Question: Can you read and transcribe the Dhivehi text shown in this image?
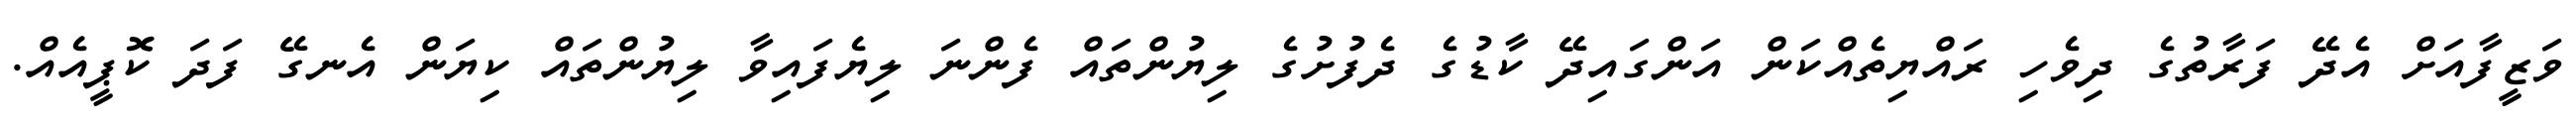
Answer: ވަޒީފާއަށް އެދޭ ފަރާތުގެ ދިވެހި ރައްޔިތެއްކަން އަންގައިދޭ ކާޑުގެ ދެފުށުގެ ލިޔުންތައް ފެންނަ ލިޔެފައިވާ ލިޔުންތައް ކިޔަން އެނގޭ ފަދަ ކޮޕީއެއް.